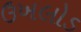
ઉખલોડ